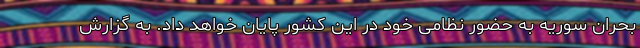
بحران سوریه به حضور نظامی خود در این کشور پایان خواهد داد. به گزارش